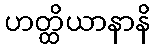
ဟတ္ထိယာနာနိ